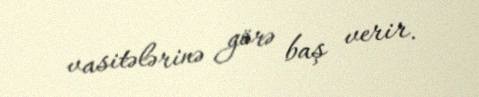
vasitələrinə görə baş verir.